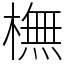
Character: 橅